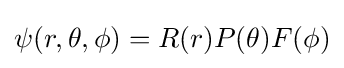
\psi (r,\theta ,\phi )=R(r)P(\theta )F(\phi )